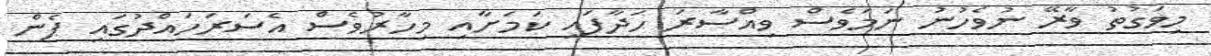
މިވަގުތު ވާރޭ ނުވެހުނު ނަމަވެސް ވިއްސާރަ ހަދާފައި ކަމަށާއި މިހާރުވެސް އެސަރަހައްދުގައި ފެން